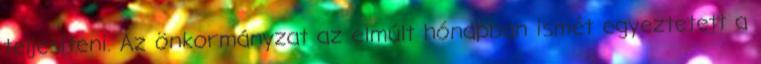
teljesíteni. Az önkormányzat az elmúlt hónapban ismét egyeztetett a